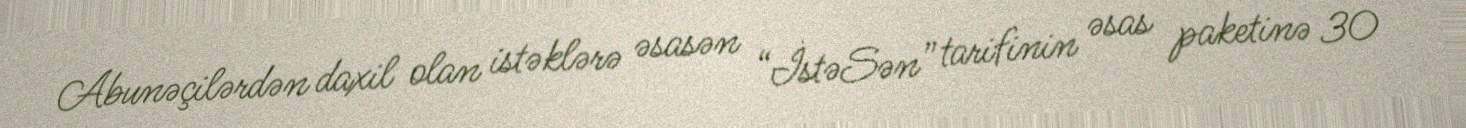
Abunəçilərdən daxil olan istəklərə əsasən “İstəSən” tarifinin əsas paketinə 30